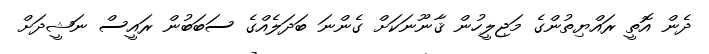
ދެން އޮތީ ރައްޔިތުންގެ މަޖިލީހުން ޤާނޫނަކަށް ގެންނަ ބަދަލެއްގެ ސަބަބުން ރައީސް ނަޝީދަށް